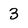
Character: 3